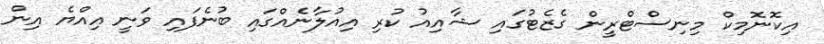
އިކޮނޮމިކް މިނިސްޓްރީން ގެޒެޓުގައި ޝާއިއު ކުރި އިއުލާނެއްގައި ބުނެފައި ވަނީ އިއްޔެ އިން